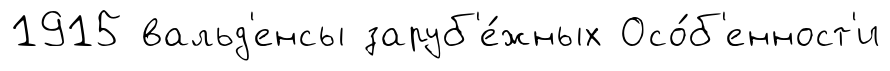
1915 вальд'енсы заруб'е́жных Осо́б'енност'и